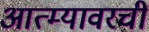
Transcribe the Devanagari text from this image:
आत्म्यावरची